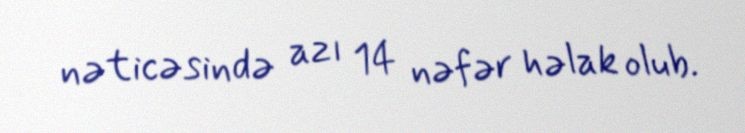
nəticəsində azı 14 nəfər həlak olub.